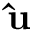
\mathbf { \hat { u } }